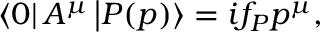
\left\langle 0 \right| A ^ { \mu } \left| P ( p ) \right\rangle = i f _ { P } p ^ { \mu } ,